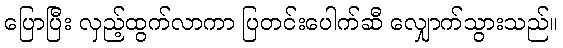
ပြောပြီး လှည့်ထွက်လာကာ ပြတင်းပေါက်ဆီ လျှောက်သွားသည်။